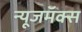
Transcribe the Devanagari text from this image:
न्यूजमॅक्स